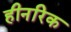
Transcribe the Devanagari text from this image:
हीनरिक